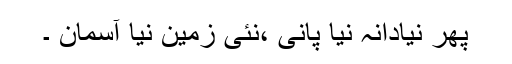
پھر نیادانہ نیا پانی ،نئی زمین نیا آسمان ۔